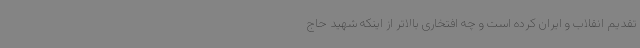
تقدیم انقلاب و ایران کرده است و چه افتخاری بالاتر از اینکه شهید حاج